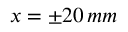
x = \pm 2 0 \, m m